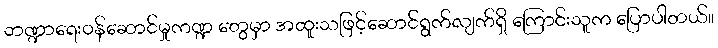
ဘဏ္ဍာရေးဝန်ဆောင်မှုကဏ္ဍ တွေမှာ အထူးသဖြင့်ဆောင်ရွက်လျက်ရှိ ကြောင်းသူက ပြောပါတယ်။